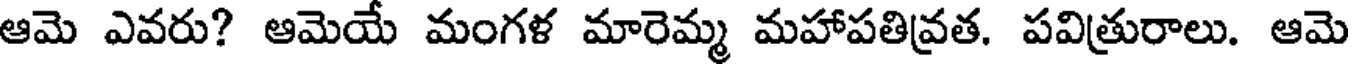
ఆమె ఎవరు? ఆమెయే మంగళ మారెమ్మ మహాపతివ్రత. పవిత్రురాలు. ఆమె